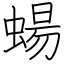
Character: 蝪